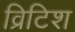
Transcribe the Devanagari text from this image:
व्रिटिश